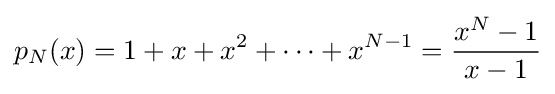
p_{N}(x)=1+x+x^{2}+\cdots +x^{N-1}={\frac {x^{N}-1}{x-1}}